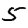
Digit: 5